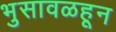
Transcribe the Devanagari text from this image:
भुसावळहून